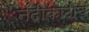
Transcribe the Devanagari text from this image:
नदीकाठीच